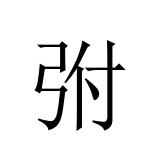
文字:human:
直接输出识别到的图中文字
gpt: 弣